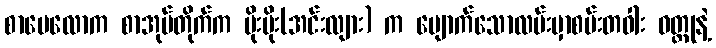
စာပေလောက စာအုပ်တိုက်က မိုးမိုး(အင်းလျား) က ပျောက်သောလမ်းမှာစမ်းတဝါး ဝတ္ထုနဲ့